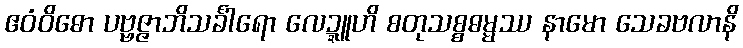
ဧဝံဝိဓော ပဗ္ဗဇ္ဇာဘိသင်္ခါရော လေဍ္ဍူဟိ စတုသစ္စဓမ္မဿ နာမော သေခဗလာနိ